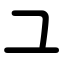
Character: ユ